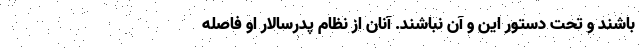
باشند و تحت دستور این و آن نباشند. آنان از نظام پدرسالار او فاصله